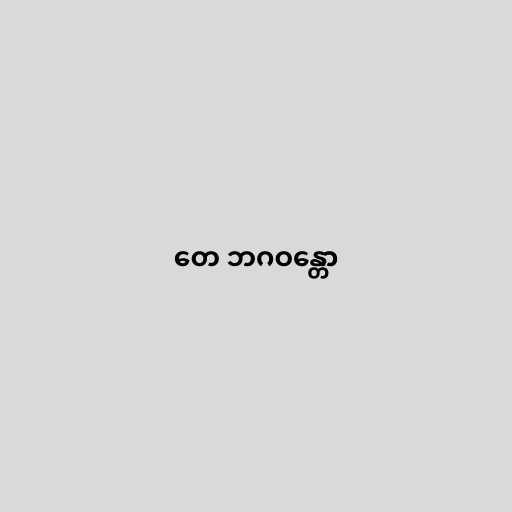
တေ ဘဂဝန္တော